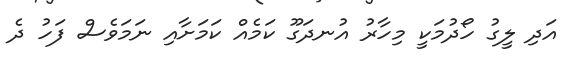
އަދި ލީގު ހޯދުމަކީ މިހާރު އުނދަގޫ ކަމެއް ކަމަށާއި ނަމަވެސް ފަހު ދެ